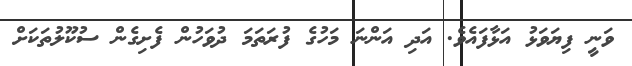
ވަނީ ފިޔަވަޅު އަޅާފައެވެ. އަދި އަންނަ މަހުގެ ފުރަތަމަ ދުވަހުން ފެށިގެން ސުކޫލުތަކަށް